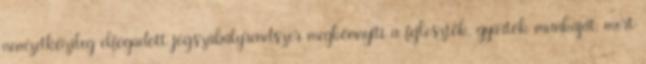
nemzetközileg elfogadott jogszabályrendszer megkönnyíti a fejlesztők, gyártók munkáját, mert